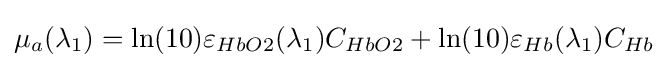
\mu _{a}(\lambda _{1})=\ln(10)\varepsilon _{HbO2}(\lambda _{1})C_{HbO2}+\ln(10)\varepsilon _{Hb}(\lambda _{1})C_{Hb}